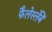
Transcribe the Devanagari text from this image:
फैलेर्स्लेबें